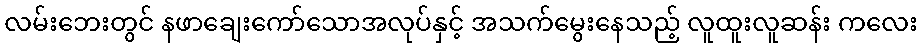
လမ်းဘေးတွင် နဖာချေးကော်သောအလုပ်နှင့် အသက်မွေးနေသည့် လူထူးလူဆန်း ကလေး